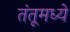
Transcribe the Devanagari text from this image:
तंतूमध्ये